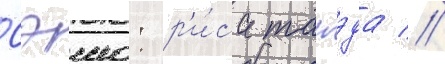
Сэию: р'и́са танэда //